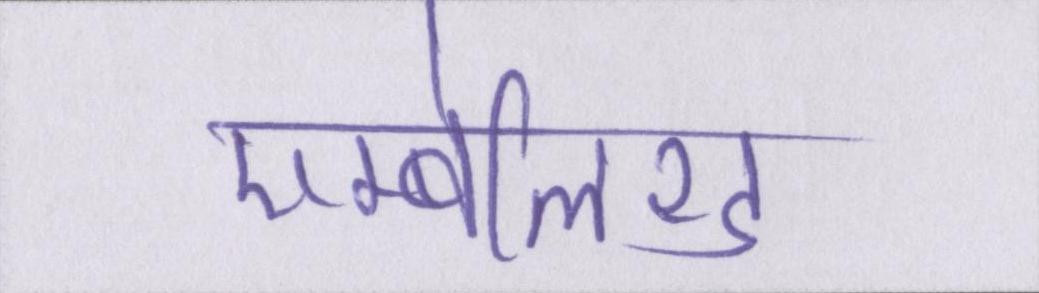
एम्बेलिश्ड